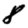
Digit: 8